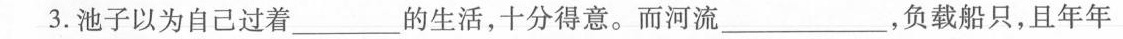
3.池子以为自己过着_____的生活，十分得意。而河流___，负载船只，且年年